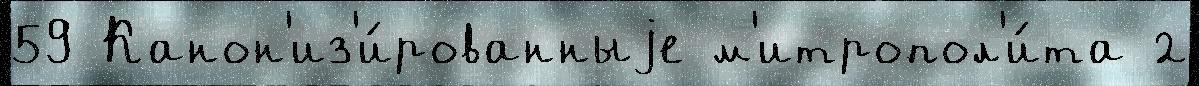
59 Канон'из'и́рованныjе м'итропол'и́та 2